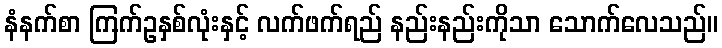
နံနက်စာ ကြက်ဥနှစ်လုံးနှင့် လက်ဖက်ရည် နည်းနည်းကိုသာ သောက်လေသည်။